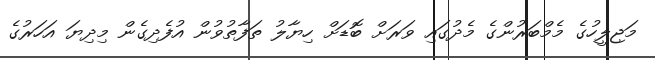
މަޖިލީހުގެ މެމްބަރުންގެ މެދުގައި ވަރަށް ބޮޑަށް ހިޔާލު ތަފާތުވުން އުފެދިގެން މިދިޔަ އަހަރުގެ